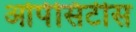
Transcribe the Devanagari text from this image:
ओपेसिटीस